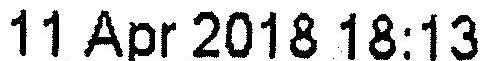
11 APR 2018 18:13